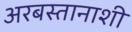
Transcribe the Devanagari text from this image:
अरबस्तानाशी